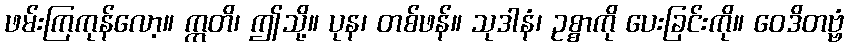
ဖမ်းကြကုန်လော့။ ဣတိ၊ ဤသို့။ ပုန၊ တစ်ဖန်။ သုဒါနံ၊ ဥစ္စာကို ပေးခြင်းကို။ ဝေဒိတဗ္ဗံ